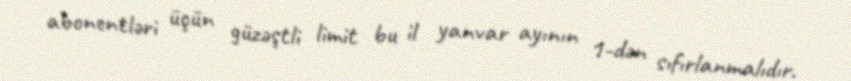
abonentləri üçün güzəştli limit bu il yanvar ayının 1-dən sıfırlanmalıdır.